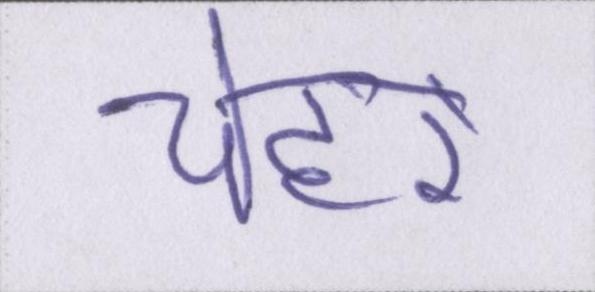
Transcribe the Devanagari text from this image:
चेहरे